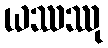
ယဿဿု